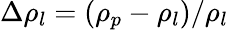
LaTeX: \Delta\rho_{l}=(\rho_{p}-\rho_{l})/\rho_{l}